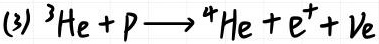
(3) $^{3}\mathrm{He} + \mathrm{p} \longrightarrow ^{4}\mathrm{He} + \mathrm{e}^{+} + \nu_{\mathrm{e}}$